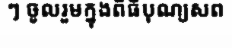
ៗ ចូលរួមក្នុងពិធីបុណ្យសព